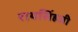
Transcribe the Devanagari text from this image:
रायसिंहजी